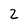
Character: 2